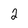
Character: 2